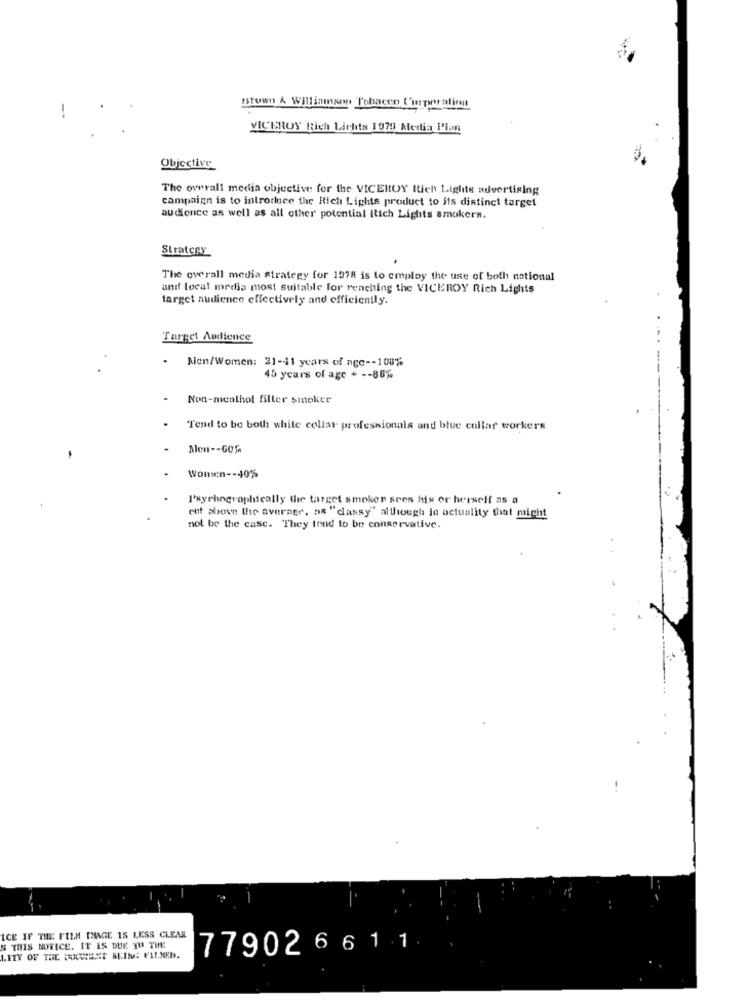
"towns & Williamsown Tobacco Surpre-alien
VICEROY Rich Lichts 1979 Media Plan
Objective
The overall media objective for the VICEROY Rich Lights advertising
campaign is to introrkee the Rich Lights product to its distinct target
audience as well as all other potential itich Lights smokers.
Strategy
The overall media strategy for 1978 is to employ the use of both national
and local media most suitable for reaching the VICEROY Rich Lights
target audience effectively and efficiently.
Target Audience
.
Men/Women: 21-11 years of age -- 100%
45 years of age + -- 86%
Non-menthol filler smoker
Tend to be both white collar professionals and blue collar workers
Men -- GOS
Women -- 40%
I'sychographically the target smoken sees his or herself as a
ent above the average, as "dassy" although in actuality that might
not be the case. They tend to be conservative.
ICE IF THE FILM IMAGE IS LESS CLEAR
N THIS NOTICE. IT IS DUE YU THE
779026611
LITY OF THE WEST BEIM: FILMED.